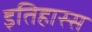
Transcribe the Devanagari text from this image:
इतिहास्स